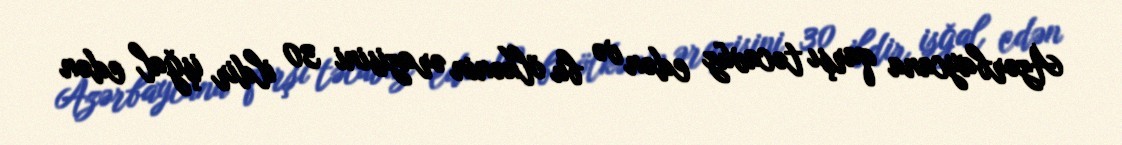
Azərbaycana qarşı təcavüz edən və bu ölkənin ərazisini 30 ildir işğal edən